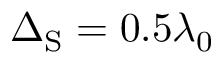
\Delta _ { \mathrm { S } } = 0 . 5 \lambda _ { 0 }